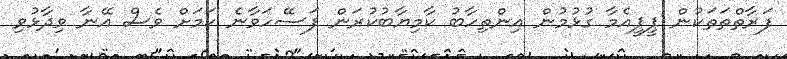
ފަރާތްތަތަކުން ޕީޕީއެމާ ގުޅުމުން އިންތިހާބު ކާމިޔާބުކުރަން ފަސޭހަވާނެ ކަމަށް ވެސް އޭނާ ވިދާޅުވި